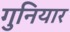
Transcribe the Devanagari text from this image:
गुनियार